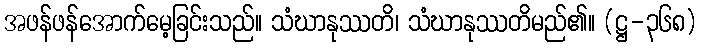
အဖန်ဖန်အောက်မေ့ခြင်းသည်။ သံဃာနုဿတိ၊ သံဃာနုဿတိမည်၏။ (ဋ္ဌ-၃၆၈)